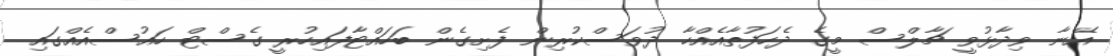
އޭނާ ވިދާޅުވީ ޗާލްސް މީގެ ދެހަފުތާއެއްހާ ދުވަސްކުރިން ފެށިގެން ބަހައްޓާފައިހުރީ ގެސްޓް ހައުސްއެއްގައި